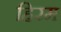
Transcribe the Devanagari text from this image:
हिरम